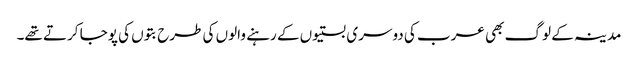
مدینہ کے لوگ بھی عرب کی دوسری بستیوں کے رہنے والوں کی طرح بتوں کی پوجا کرتے تھے۔